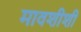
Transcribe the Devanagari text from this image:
मावशीशी